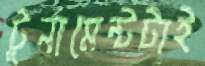
টুর্নামেন্টটাই